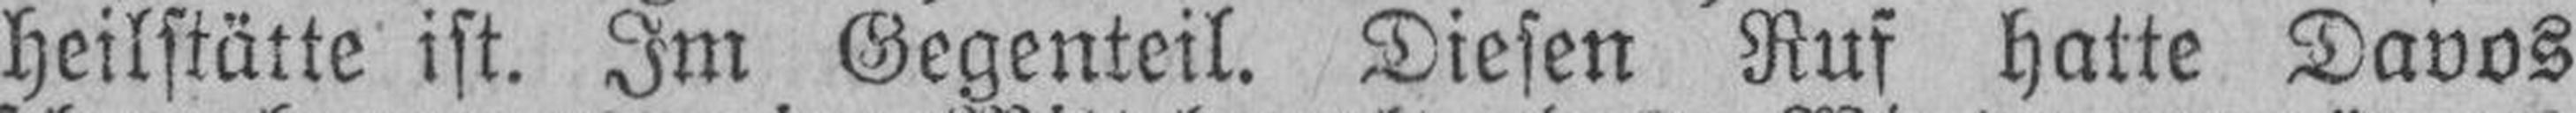
heilstätte ist. Im Gegenteil. Diesen Ruf hatte Davos